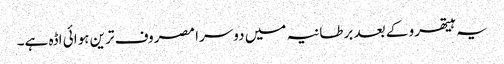
یہ ہیتھرو کے بعد برطانیہ میں دوسرا مصروف ترین ہوائی اڈہ ہے۔